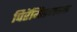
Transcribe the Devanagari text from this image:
पिरॅमिडजवळ